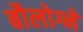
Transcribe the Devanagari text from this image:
बौलोग्ने